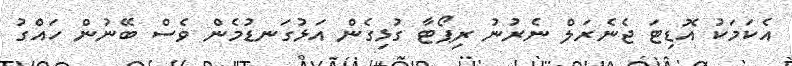
އެކަމަކު އޮޑިޓަ ޖެނެރަލް ނެރުނު ރިޕޯޓާ ގުޅިގެން އަޅުގަނޑުމެން ވެސް ބޭނުން ހައްގު